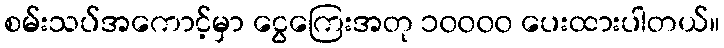
စမ်းသပ်အကောင့်မှာ ငွေကြေးအတု ၁၀၀၀၀ ပေးထားပါတယ်။